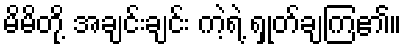
မိမိတို့ အချင်းချင်း ကဲ့ရဲ့ ရှုတ်ချကြ၏။